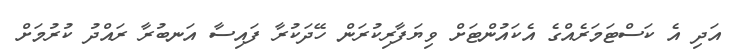
އަދި އެ ކަސްޓަމަރެއްގެ އެކައުންޓަށް ވިޔަފާރިކުރަން ހޭދަކުރާ ފައިސާ އަނބުރާ ރައްދު ކުރުމަށް